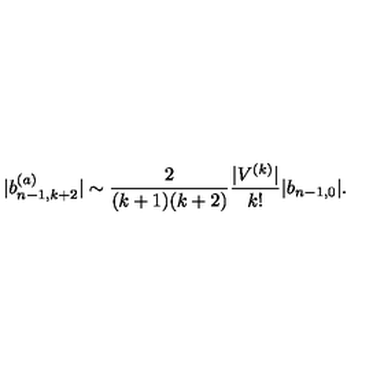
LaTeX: | b _ { n - 1 , k + 2 } ^ { ( a ) } | \sim \frac { 2 } { ( k + 1 ) ( k + 2 ) } \frac { | V ^ { ( k ) } | } { k ! } | b _ { n - 1 , 0 } | .